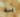
به